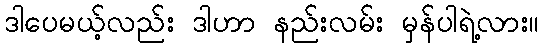
ဒါပေမယ့်လည်း ဒါဟာ နည်းလမ်း မှန်ပါရဲ့လား။